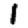
Digit: 1